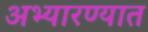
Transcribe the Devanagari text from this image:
अभ्यारण्यात